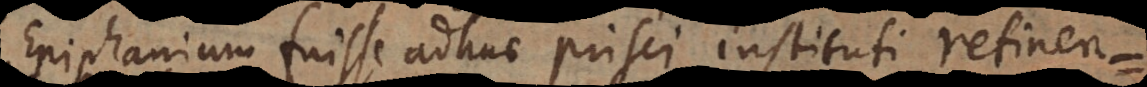
Epiphanium fuisse adhuc prisci instituti retinen